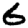
Digit: 6